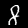
Label: 8